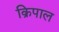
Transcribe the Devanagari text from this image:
क्रिपाल